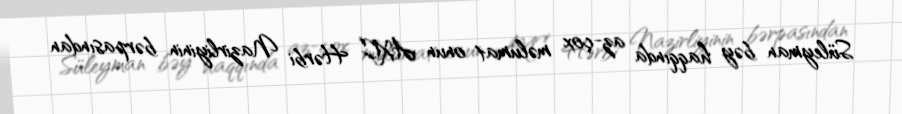
Süleyman bəy haqqında az-çox məlumat onun AXC Hərbi Nazirliyinin bərpasından